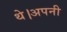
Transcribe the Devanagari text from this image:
थे।अपनी